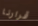
قرارنا